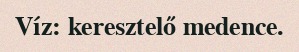
Víz: keresztelő medence.